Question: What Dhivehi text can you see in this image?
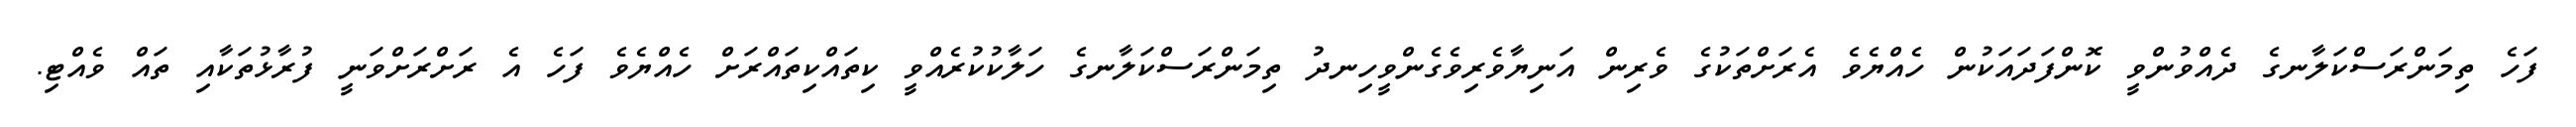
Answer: ފަހެ ތިމަންރަސްކަލާނގެ ދެއްވުންވީ ކޮންފަދައަކުން ހެއްޔެވެ އެރަށްތަކުގެ ވެރިން އަނިޔާވެރިވެގެންވީހިނދު ތިމަންރަސްކަލާނގެ ހަލާކުކުރެއްވީ ކިތައްކިތައްރަށް ހެއްޔެވެ ފަހެ އެ ރަށްރަށްވަނީ ފުރާޅުތަކާއި ތައް ވެއްޓި.